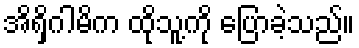
အိရှိဂါမိက ထိုသူ့ကို ပြောခဲ့သည်။